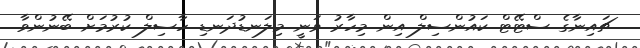
ޗައިނާގެ ސްޓޭޓް ކައުންސިލް އިން މިހާރު ވަނީ މިލަނޑުދަނޑި ހާސިލް ކުރުމަށް ބޭނުންވާ